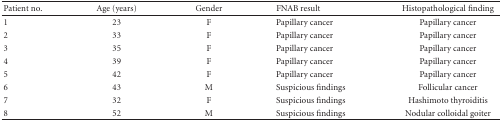
<table><thead><tr><td><b>Patient no.</b></td><td><b>Age (years)</b></td><td><b>Gender</b></td><td><b>FNAB result</b></td><td><b>Histopathological finding</b></td></tr></thead><tbody><tr><td>1</td><td>23</td><td>F</td><td>Papillary cancer</td><td>Papillary cancer</td></tr><tr><td>2</td><td>33</td><td>F</td><td>Papillary cancer</td><td>Papillary cancer</td></tr><tr><td>3</td><td>35</td><td>F</td><td>Papillary cancer</td><td>Papillary cancer</td></tr><tr><td>4</td><td>39</td><td>F</td><td>Papillary cancer</td><td>Papillary cancer</td></tr><tr><td>5</td><td>42</td><td>F</td><td>Papillary cancer</td><td>Papillary cancer</td></tr><tr><td>6</td><td>43</td><td>M</td><td>Suspicious findings</td><td>Follicular cancer</td></tr><tr><td>7</td><td>32</td><td>F</td><td>Suspicious findings</td><td>Hashimoto thyroiditis</td></tr><tr><td>8</td><td>52</td><td>M</td><td>Suspicious findings</td><td>Nodular colloidal goiter</td></tr></tbody></table>